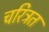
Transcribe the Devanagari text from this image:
चरित्रत